Lunatic asylums Madras 1877-1891 - 1877-1891
Year: 1877
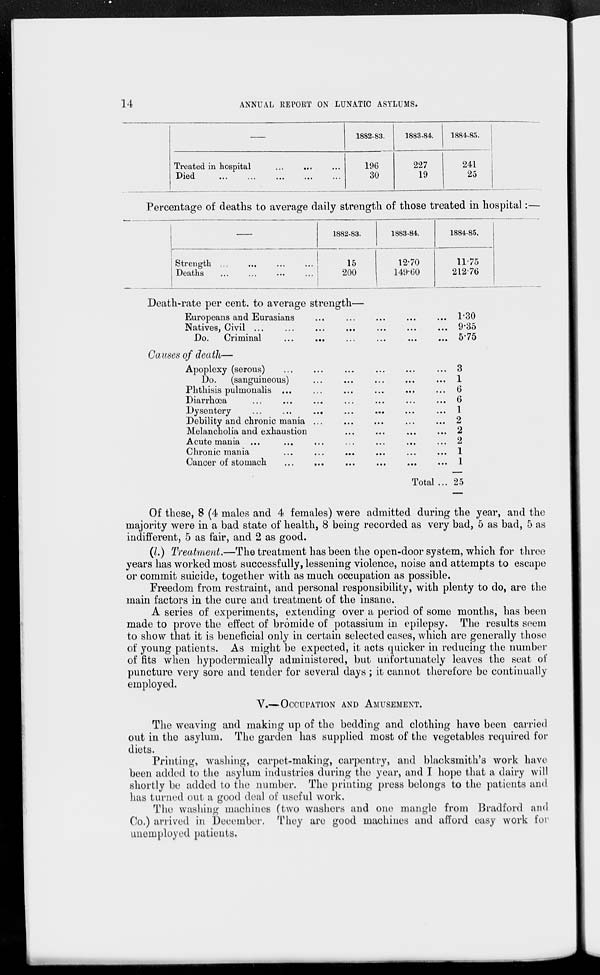
14
ANNUAL REPORT ON LUNATIC ASYLUMS.
—
Treated in hospital ... ... ...
Died
...
...
...
...
...
1882-83.
196
30
1883.84.
227
19
1884-85.
241
25
Percentage of deaths to average daily strength of those treated in hospital:—
—
Strength ... ... ... ...
Deaths ... ... ... ...
1882-83.
15
200
1883-84.
12.70
149.60
1884-85.
11.75
212.76
Death-rate per cent. to average strength—
Europeans and Eurasians
...
...
...
...
...
Natives, Civil
...
...
...
...
...
...
Do. Criminal
...
...
...
...
...
...
Causes of death—
Apoplexy (serous)
...
...
...
...
...
...
Do. (sanguineous)
...
...
...
...
...
Phthisis pulmonalis
...
...
...
...
...
...
Diarrhœa
...
...
...
...
...
...
...
Dysentery ... ... ... ... ... ...
Debility and chronic mania ... ... ... ... ...
Melancholia and exhaustion
...
...
...
...
Acute mania
...
...
...
...
...
...
...
Chronic mania
...
...
...
...
...
...
Cancer of stomach
...
...
...
...
...
...
Total ...
1.30
9.35
5.75
3
1
6
6
1
2
2
2
1
1
25
Of these, 8 (4 males and 4 females) "were admitted during the year, and the
majority were in a bad state of health, 8 being recorded as very bad, 5 as bad, 5 as
indifferent, 5 as fair, and 2 as good.
(l.) Treatment.—The treatment has been the open-door system, which for three
years has worked most successfully, lessening violence, noise and attempts to escape
or commit suicide, together with as much occupation as possible.
Freedom from restraint, and personal responsibility, with plenty to do, are the
main factors in the cure and treatment of the insane.
A series of experiments, extending over a period of some months, has been
made to prove the effect of bromide of potassium in epilepsy. The results seem
to show that it is beneficial only in certain selected cases, which are generally those
of young patients. As might be expected, it acts quicker in reducing the number
of fits when hypodermically administered, but unfortunately leaves the seat of
puncture very sore and tender for several days; it cannot therefore be continually
employed.
V.—OCCUPATION AND AMUSEMENT.
The weaving and making up of the bedding and clothing have been carried
out in the asylum. The garden has supplied most of the vegetables required for
diets.
Printing, washing, carpet-making, carpentry, and blacksmith's work have
been added to the asylum industries during the year, and I hope that a dairy will
shortly be added to the number. The printing press belongs to the patients and
has turned out a good deal of useful work.
The washing machines (two washers and one mangle from Bradford and
Co.) arrived in December. They are good machines and afford easy work for
unemployed patients.